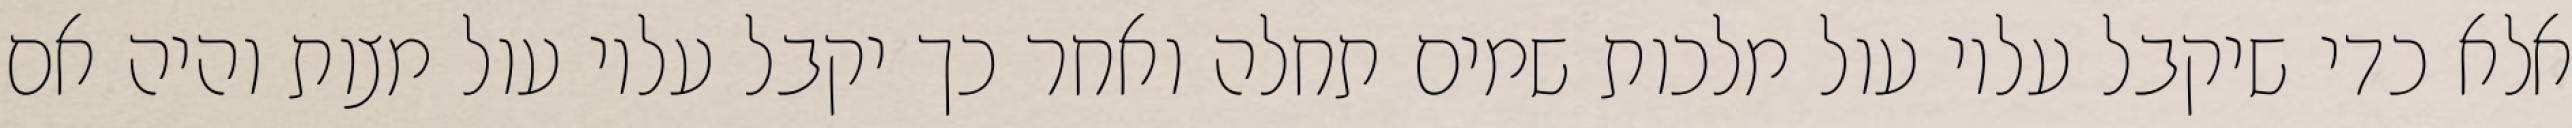
אלא כדי שיקבל עליו עול מלכות שמים תחלה ואחר כך יקבל עליו עול מצות והיה אם